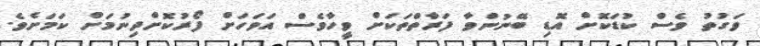
ވަގުތު ވެސް ކުޑަކޮށް އޮޑި ބޭނުންވާ ފަރާތްތަކަށް ވީހާވެސް އަވަހަށް ފޯރުކޮށްދިނުމަށް ކަމަށެވެ.